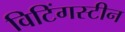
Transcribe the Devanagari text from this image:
विटिंगस्टीन